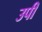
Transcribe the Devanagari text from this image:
उपी